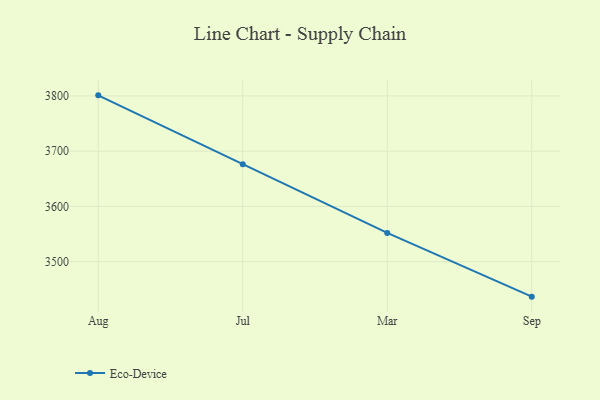
{"axis": {"x": "Month", "y": "Satisfaction Score"}, "legend": ["Eco-Device"], "data": [{"x": "Aug", "y": 3801.0, "type": "Eco-Device"}, {"x": "Jul", "y": 3676.5, "type": "Eco-Device"}, {"x": "Mar", "y": 3552.1, "type": "Eco-Device"}, {"x": "Sep", "y": 3436.7, "type": "Eco-Device"}]}